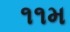
૧૧મ